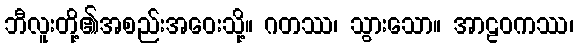
ဘီလူးတို့၏အစည်းအဝေးသို့။ ဂတဿ၊ သွားသော။ အာဠဝကဿ၊